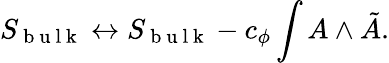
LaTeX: S_{\mathrm{~b~u~l~k~}}\leftrightarrow S_{\mathrm{~b~u~l~k~}}-c_{\phi}\int A\wedge\tilde{A}.